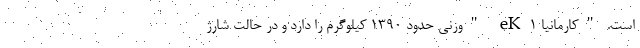
است. "کارمانیا eK1 "وزنی حدود ۱۳۹۰ کیلوگرم را دارد و در حالت شارژ